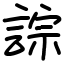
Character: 誴